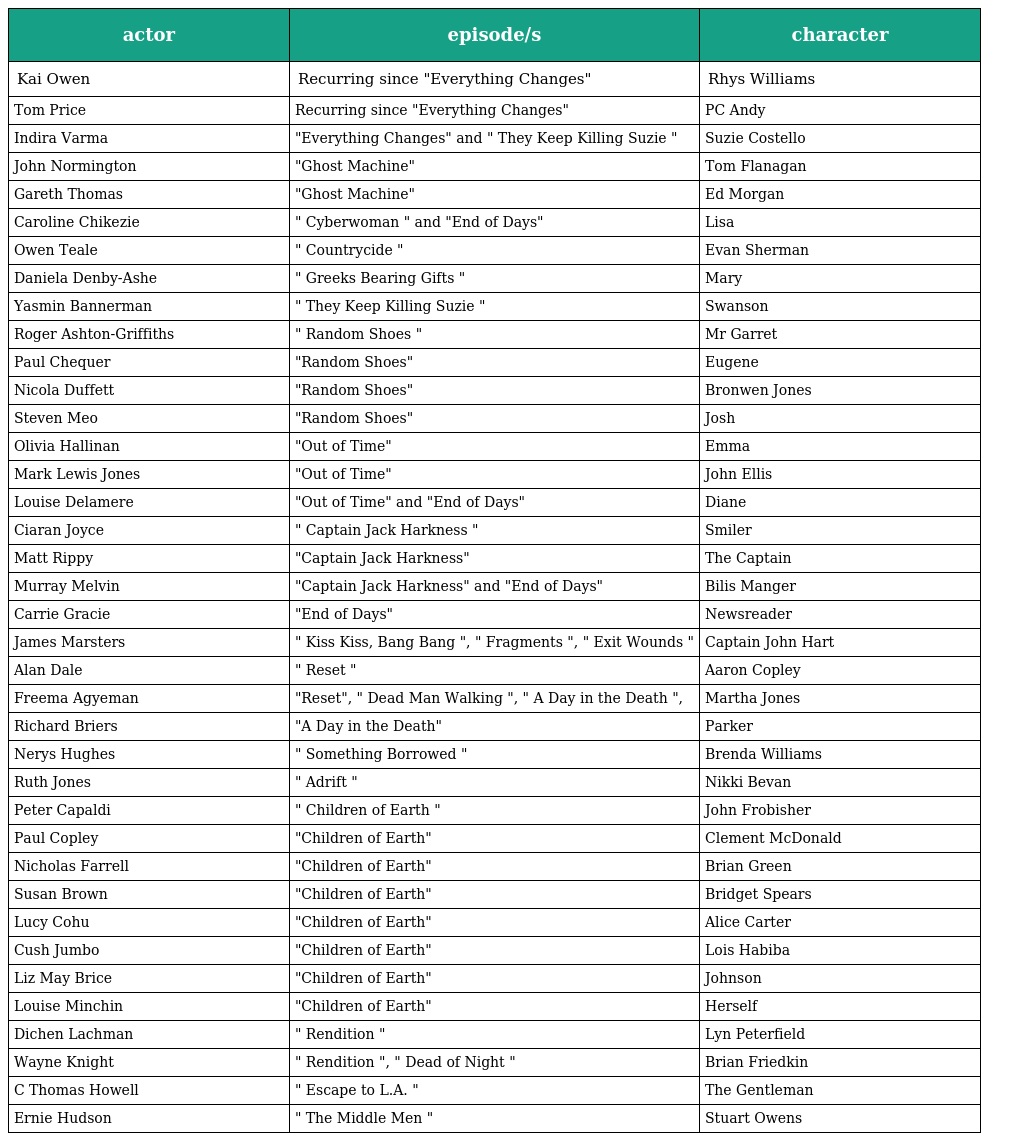
| actor | episode/s | character |
 | --- | --- | --- |
 | Kai Owen | Recurring since "Everything Changes" | Rhys Williams |
 | Tom Price | Recurring since "Everything Changes" | PC Andy |
 | Indira Varma | "Everything Changes" and " They Keep Killing Suzie " | Suzie Costello |
 | John Normington | "Ghost Machine" | Tom Flanagan |
 | Gareth Thomas | "Ghost Machine" | Ed Morgan |
 | Caroline Chikezie | " Cyberwoman " and "End of Days" | Lisa |
 | Owen Teale | " Countrycide " | Evan Sherman |
 | Daniela Denby-Ashe | " Greeks Bearing Gifts " | Mary |
 | Yasmin Bannerman | " They Keep Killing Suzie " | Swanson |
 | Roger Ashton-Griffiths | " Random Shoes " | Mr Garret |
 | Paul Chequer | "Random Shoes" | Eugene |
 | Nicola Duffett | "Random Shoes" | Bronwen Jones |
 | Steven Meo | "Random Shoes" | Josh |
 | Olivia Hallinan | "Out of Time" | Emma |
 | Mark Lewis Jones | "Out of Time" | John Ellis |
 | Louise Delamere | "Out of Time" and "End of Days" | Diane |
 | Ciaran Joyce | " Captain Jack Harkness " | Smiler |
 | Matt Rippy | "Captain Jack Harkness" | The Captain |
 | Murray Melvin | "Captain Jack Harkness" and "End of Days" | Bilis Manger |
 | Carrie Gracie | "End of Days" | Newsreader |
 | James Marsters | " Kiss Kiss, Bang Bang ", " Fragments ", " Exit Wounds " | Captain John Hart |
 | Alan Dale | " Reset " | Aaron Copley |
 | Freema Agyeman | "Reset", " Dead Man Walking ", " A Day in the Death ", | Martha Jones |
 | Richard Briers | "A Day in the Death" | Parker |
 | Nerys Hughes | " Something Borrowed " | Brenda Williams |
 | Ruth Jones | " Adrift " | Nikki Bevan |
 | Peter Capaldi | " Children of Earth " | John Frobisher |
 | Paul Copley | "Children of Earth" | Clement McDonald |
 | Nicholas Farrell | "Children of Earth" | Brian Green |
 | Susan Brown | "Children of Earth" | Bridget Spears |
 | Lucy Cohu | "Children of Earth" | Alice Carter |
 | Cush Jumbo | "Children of Earth" | Lois Habiba |
 | Liz May Brice | "Children of Earth" | Johnson |
 | Louise Minchin | "Children of Earth" | Herself |
 | Dichen Lachman | " Rendition " | Lyn Peterfield |
 | Wayne Knight | " Rendition ", " Dead of Night " | Brian Friedkin |
 | C Thomas Howell | " Escape to L.A. " | The Gentleman |
 | Ernie Hudson | " The Middle Men " | Stuart Owens |